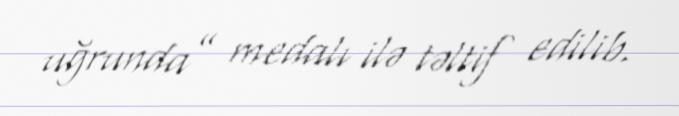
uğrunda” medalı ilə təltif edilib.